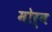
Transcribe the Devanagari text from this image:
मोर्न